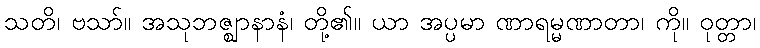
သတိ၊ ဗသာ်။ အသုဘဇ္ဈာနာနံ၊ တို့၏။ ယာ အပ္ပမာ ဏာရမ္မဏာတာ၊ ကို။ ဝုတ္တာ၊